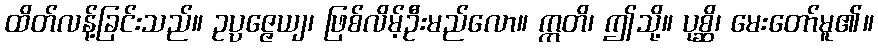
ထိတ်လန့်ခြင်းသည်။ ဥပ္ပဇ္ဇေယျ၊ ဖြစ်လိမ့်ဦးမည်လော။ ဣတိ၊ ဤသို့။ ပုစ္ဆိ၊ မေးတော်မူ၏။